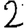
Digit: 2